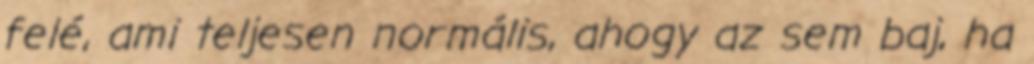
felé, ami teljesen normális, ahogy az sem baj, ha